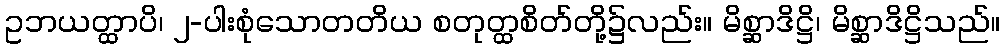
ဥဘယတ္ထာပိ၊ ၂-ပါးစုံသောတတိယ စတုတ္ထစိတ်တို့၌လည်း။ မိစ္ဆာဒိဋ္ဌိ၊ မိစ္ဆာဒိဋ္ဌိသည်။